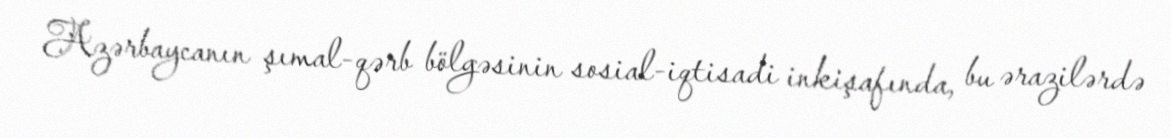
Azərbaycanın şımal-qərb bölgəsinin sosial-iqtisadi inkişafında, bu ərazilərdə